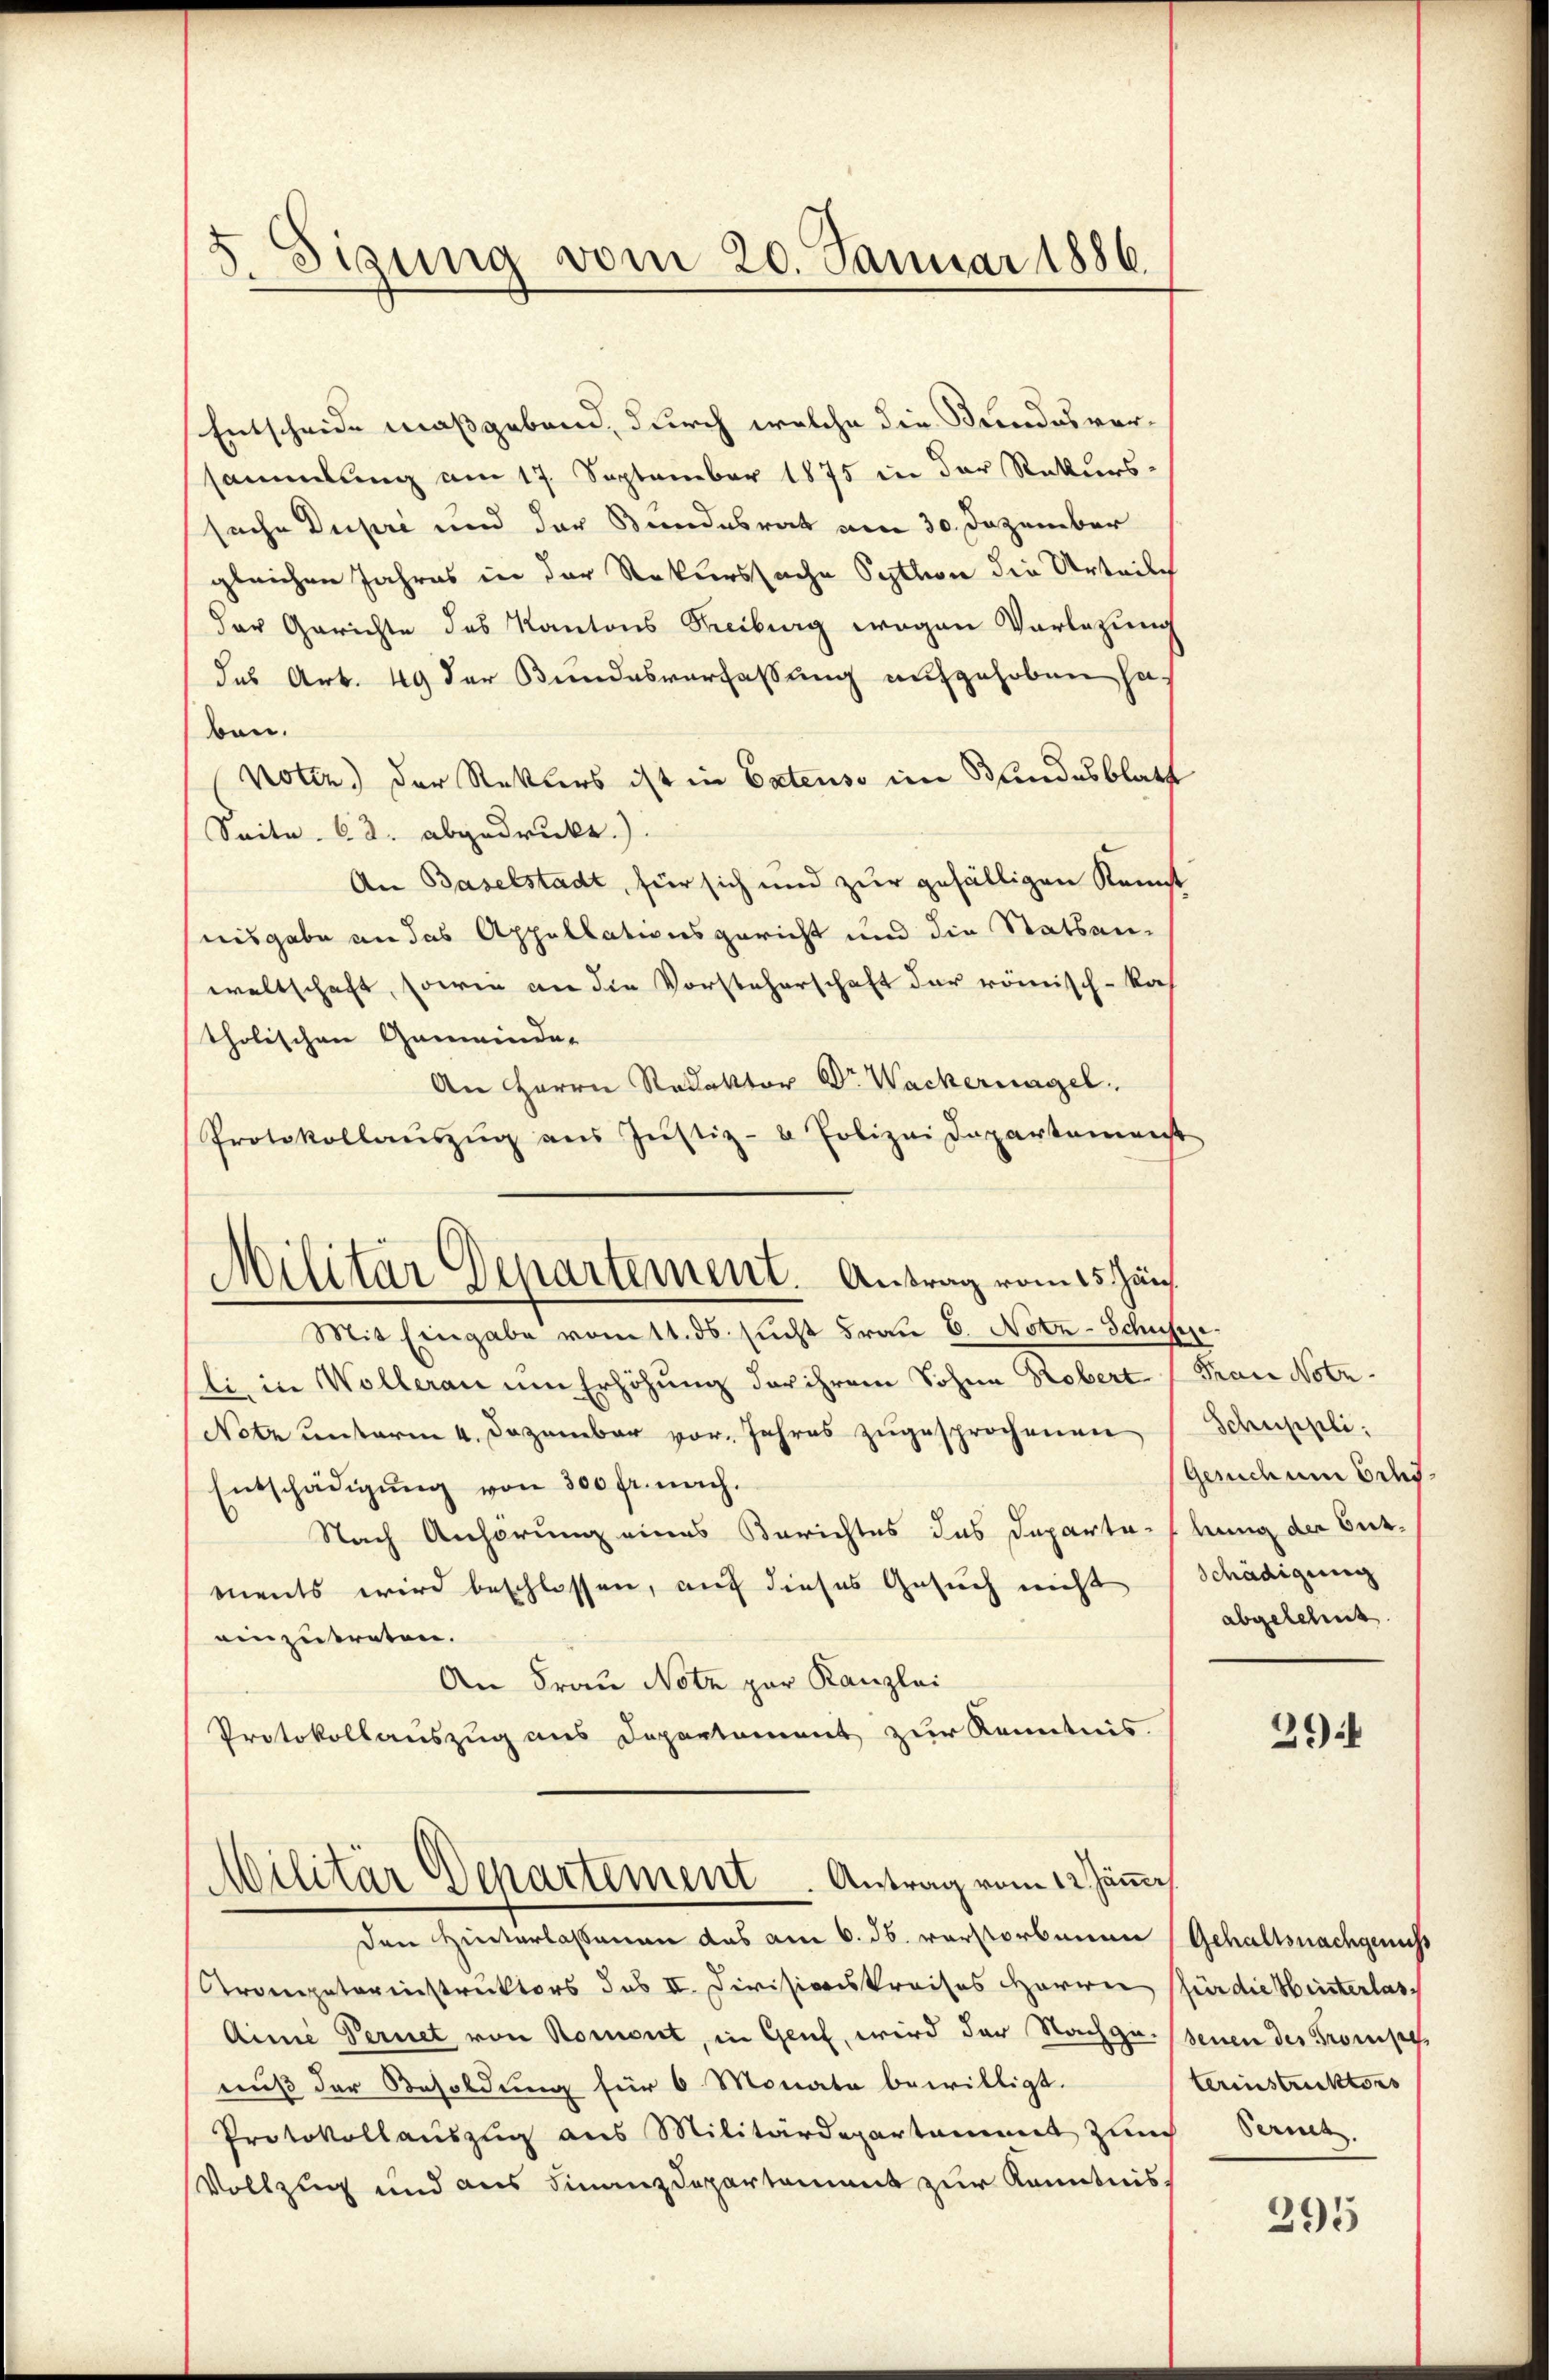
Sigung vom 20. Januar 1886.

Entscheide maßgebend, durch welche die Bundesversammlung am 17. September 1875 in der Rekurs-
sache Dupri und der Bundesrat am 30. Dezember
gleichen Jahres in der Rekurssache Syttion die Urteilch
der Gerichte des Kantons Freiburg wegen Vorlegung
das Art. 49 der Bundesverfassung aufgehoben haben.
Nottz.) der Rektors ist in Patenso im Bundesblatt
Seite 62. abgedruckt.)
An Baselstadt, für sich und zur gefälligen Konst
nisgabe an das Appellationsgericht und die Statsanwaltschaft, sowie an die Vorsteherschaft der römisch-kas
tholischen Gemeinde-
An Herrn Redaktor Dr. Wackernagel
Protokollaŭszŭg aŭs Jŭstiz- & Polizei Departement
Mit Eingabe vom 11. ds. sucht Frau 6. Notz-Schusse
li, in Wollerau um Erhöhung der ihrem Sohne Robert (Frau Notz¬
Notz unterm 4. Dezember vor. Jahres zugesprochenen
Entschädigung von 300 fr. nach.
Nach Anhörung eines Berichtes das Departerbung der Curments wird beschlossen, auf dieses Gesuch nicht Schädigung
einzutreten.
An Frau Notz par Kanzlei
Protokollauszug aus Departement zur Kenntnis.
Militär Departement. Antrag vom 12. Jänne
den Hinterlassenen das am 6. ds. verstorbenen Gehaltsnachgenuss
Arompeterinstruktors des II. Divisionskreises Herren für die Hinterlas¬
Ainie Pernet von Romont, in Genf, wird der Nachge. (senen des Trompe
nuß der Besoldung für 6 Monate bewilligt.
Protokollauszug aus Militärdepartammet zurch
Vollzug und aus Finanzdepartement zur Kenntnis,

Militar Departement. Antrag vom 15. Jän

Schuppli.
Gendum bes
abgelehnt.

39

terinstruktors
Sermes

295